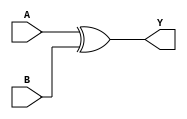
module XOR_gate(input A, input B, output Y);
  assign Y = A ^ B;
endmodule